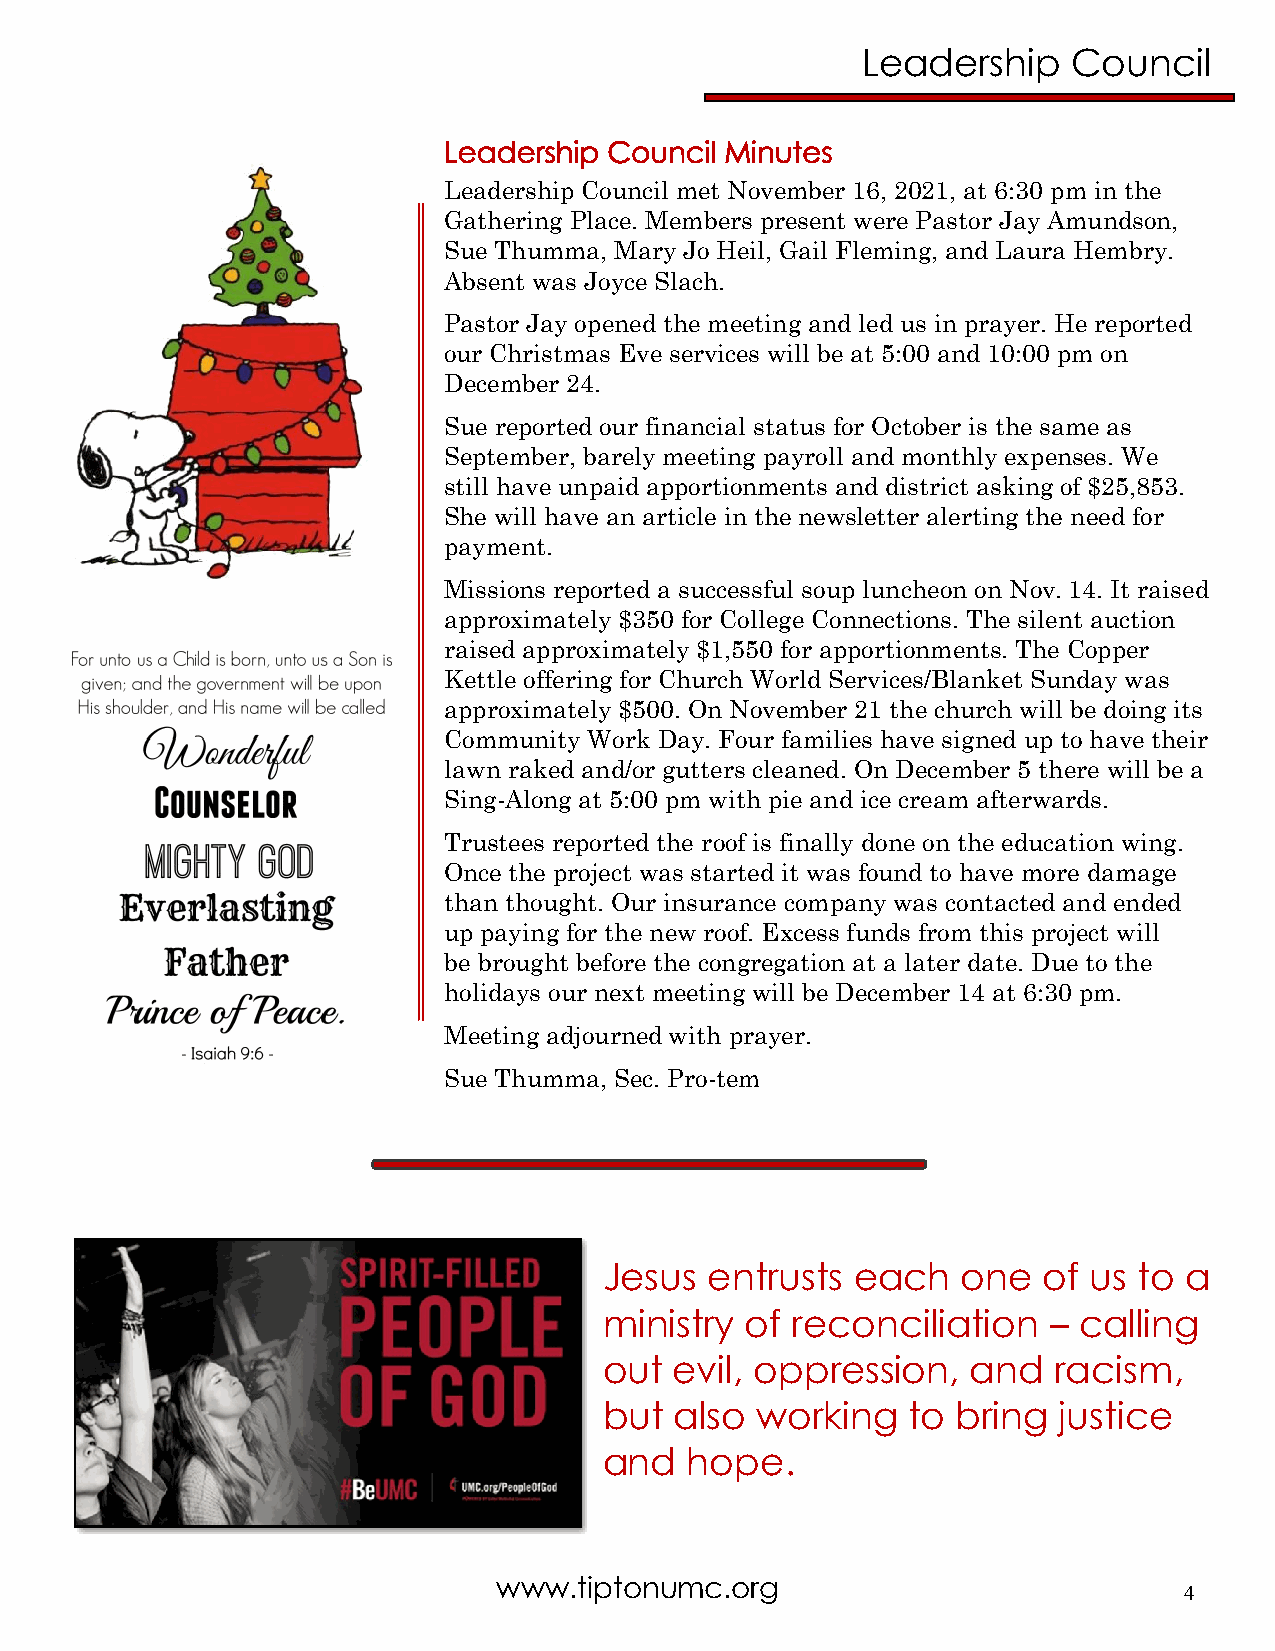
Leadership    Council
 Leadership Council Minutes
 Leadership Council met November 16, 2021, at 6:30 pm in the
 Gathering Place. Members present were Pastor Jay Amundson,
 Sue Thumma, Mary Jo Heil, Gail Fleming, and Laura Hembry.
 Absent was Joyce Slach.
 Pastor Jay opened the meeting and led us in prayer. He reported
 our Christmas Eve services will be at 5:00 and 10:00 pm on
 December 24.
 Sue reported our financial status for October is the same as
 September, barely meeting payroll and monthly expenses. We
 still have unpaid apportionments and district asking of $25,853.
 She will have an article in the newsletter alerting the need for
 payment.
 Missions reported a successful soup luncheon on Nov. 14. It raised
 approximately $350 for College Connections. The silent auction
 raised approximately $1,550 for apportionments. The Copper
 Kettle offering for Church World Services/Blanket Sunday was
 approximately $500. On November 21 the church will be doing its
 Community Work Day. Four families have signed up to have their
 lawn raked and/or gutters cleaned. On December 5 there will be a
 Sing-Along at 5:00 pm with pie and ice cream afterwards.
 Trustees reported the roof is finally done on the education wing.
 Once the project was started it was found to have more damage
 than thought. Our insurance company was contacted and ended
 up paying for the new roof. Excess funds from this project will
 be brought before the congregation at a later date. Due to the
 holidays our next meeting will be December 14 at 6:30 pm.
 Meeting adjourned with prayer.
 Sue Thumma, Sec. Pro-tem
 Jesus  entrusts  each   one  of us to a
 ministry of reconciliation   – calling
 out  evil, oppression,  and   racism,
 but  also working   to bring  justice
 and   hope.
 www.tiptonumc.org
 4